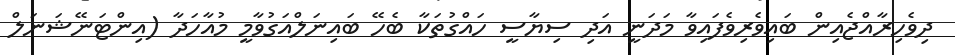
ދިވެހިރާއްޖެއިން ބައިވެރިވެފައިވާ މަދަނީ އަދި ސިޔާސީ ހައްގުތަކާ ބެހޭ ބައިނަލްއަގުވާމީ މުއާހަދާ (އިންޓަނޭޝަނަލް